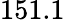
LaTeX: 151.1